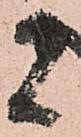
者